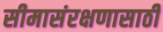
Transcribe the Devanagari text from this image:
सीमासंरक्षणासाठी